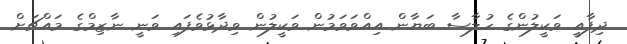
ދިފާއީ ވަކީލުންގެ ހުލާސާ ބަޔާން އިއްވަވަމުން ވަކީލުން ވިދާޅުވެފައި ވަނީ ނާޒިމްގެ މައްޗަށް